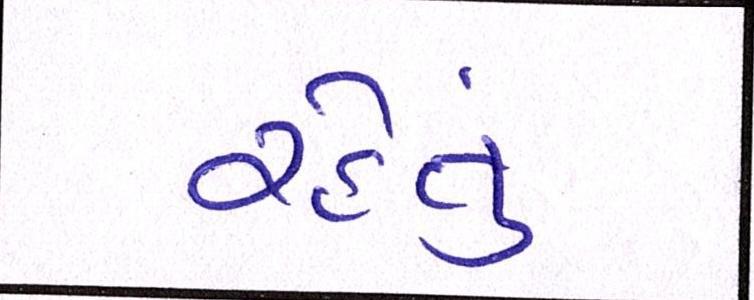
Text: રહેતું